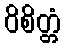
ဝိစိတ္တံ